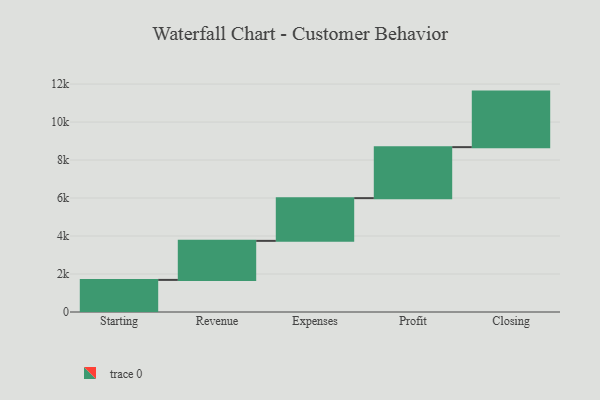
{"axis": {"x": "Step", "y": "Value"}, "legend": [""], "data": [{"x": "Starting", "y": 1690.0, "type": ""}, {"x": "Revenue", "y": 2055.0, "type": ""}, {"x": "Expenses", "y": 2249.0, "type": ""}, {"x": "Profit", "y": 2685.0, "type": ""}, {"x": "Closing", "y": 2924.0, "type": ""}]}